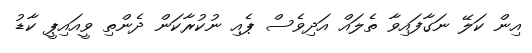
އިން ކަލޭ ނަގާފައިވާ ތެލައް އަދިވެސް ޕެއި ނުކުރާކަން ދެންތި ވީއައިޕީ ކާޑު